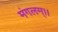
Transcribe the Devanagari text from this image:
मंगलम्।।